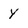
Character: y